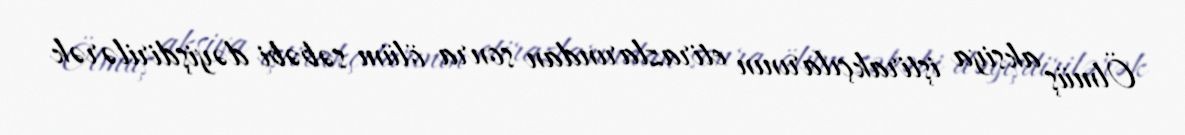
Ölmüş aksiya iştirakçılarının etirazlarından sonra ölüm səbəbi dəyişdirilərək